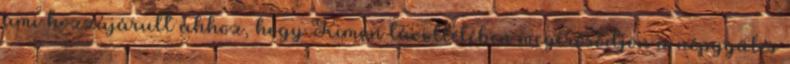
ami hozzájárult ahhoz, hogy Kimón távollétében megerősödjön a népgyűlés